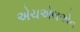
એચએલએન